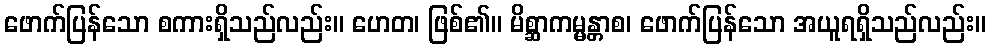
ဖောက်ပြန်သော စကားရှိသည်လည်း။ ဟေတ၊ ဖြစ်၏။ မိစ္ဆာကမ္မန္တာစ၊ ဖောက်ပြန်သော အယူရရှိသည်လည်း။